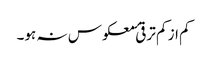
کم از کم ترقیٔ معکوس نہ ہو۔